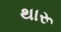
થારૂ